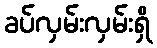
ခပ်လှမ်းလှမ်းရှိ